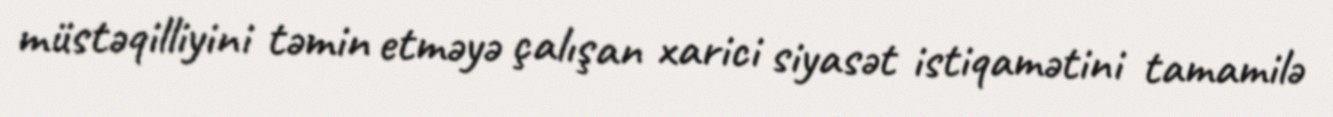
müstəqilliyini təmin etməyə çalışan xarici siyasət istiqamətini tamamilə